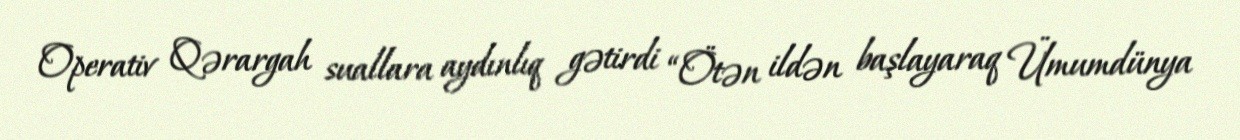
Operativ Qərargah suallara aydınlıq gətirdi “Ötən ildən başlayaraq Ümumdünya